Vaccination in Burma 1900-1911 - 1900-1911
Year: 1900
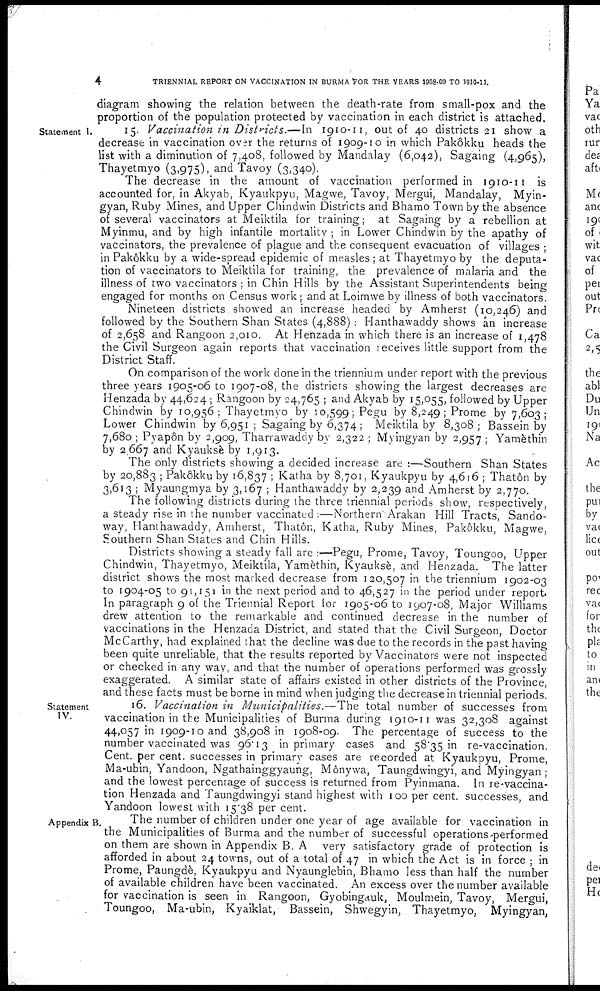
4
TRIENNIAL REPORT ON VACCINATION IN BURMA FOR THE YEARS 1908-09 TO 1910-11.
diagram showing the relation between the death-rate from small-pox and the
proportion of the population protected by vaccination in each district is attached.
Statement I.
15. Vaccination in Districts.—In 1910-11, out of 40 districts 21 show a
decrease in vaccination over the returns of 1909-10 in which Pakôkku heads the
list with a diminution of 7,408, followed by Mandalay (6,042), Sagaing (4,965),
Thayetmyo (3,975), and Tavoy (3,340).
The decrease in the amount of vaccination performed in 1910-11 is
accounted for, in Akyab, Kyaukpyu, Magwe, Tavoy, Mergui, Mandalay, Myin-
gyan, Ruby Mines, and Upper Chindwin Districts and Bhamo Town by the absence
of several vaccinators at Meiktila for training; at Sagaing by a rebellion at
Myinmu, and by high infantile mortality ; in Lower Chindwin by the apathy of
vaccinators, the prevalence of plague and the consequent evacuation of villages ;
in Pakôkku by a wide-spread epidemic of measles ; at Thayetmyo by the deputa-
tion of vaccinators to Meiktila for training, the prevalence of malaria and the
illness of two vaccinators ; in Chin Hills by the Assistant Superintendents being
engaged for months on Census work; and at Loimwe by illness of both vaccinators.
Nineteen districts showed an increase headed by Amherst (10,246) and
followed by the Southern Shan States (4,888) : Hanthawaddy shows an increase
of 2,658 and Rangoon 2,010. At Henzada in which there is an increase of 1,478
the Civil Surgeon again reports that vaccination receives little support from the
District Staff.
On comparison of the work done in the triennium under report with the previous
three years 1905-06 to 1907-08, the districts showing the largest decreases are
Henzada by 44,624 ; Rangoon by 24,765 ; and Akyab by 15,055, followed by Upper
Chindwin by 10,956 ; Thayetmyo by 10,599; Pegu by 8,249; Prome by 7,603;
Lower Chindwin by 6,951 ; Sagaing by 6,374; Meiktila by 8,308 ; Bassein by
7,680 ; Pyapôn by 2,909, Tharrawaddy by 2,322 ; Myingyan by 2,957; Yamèthin
by 2,667 and Kyauksè by 1,913.
The only districts showing a decided increase are :—Southern Shan States
by 20,883 ; Pakôkku by 16,837 ; Katha by 8,701, Kyaukpyu by 4,616 ; Thatôn by
3,613 ; Myaungmya by 3,167 ; Hanthawaddy by 2,239 and Amherst by 2,770.
The following districts during the three triennial periods show, respectively,
a steady rise in the number vaccinated :—Northern Arakan Hill Tracts, Sando-
way, Hanthawaddy, Amherst, Thatôn, Katha, Ruby Mines, Pakôkku, Magwe,
Southern Shan States and Chin Hills.
Districts showing a steady fall are :—Pegu, Prome, Tavoy, Toungoo, Upper
Chindwin, Thayetmyo, Meiktila, Yamèthin, Kyauksè, and Henzada. The latter
district shows the most marked decrease from 120,507 in the triennium 1902-03
to 1904-05 to 91,151 in the next period and to 46,527 in the period under report.
In paragraph 9 of the Triennial Report for 1905-06 to 1907-08, Major Williams
drew attention to the remarkable and continued decrease in the number of
vaccinations in the Henzada District, and stated that the Civil Surgeon, Doctor
McCarthy, had explained that the decline was due to the records in the past having
been quite unreliable, that the results reported by Vaccinators were not inspected
or checked in any way, and that the number of operations performed was grossly
exaggerated. A similar state of affairs existed in other districts of the Province,
and these facts must be borne in mind when judging the decrease in triennial periods.
Statement
IV.
16. Vaccination in Municipalities.— The total number of successes from
vaccination in the Municipalities of Burma during 1910-11 was 32,308 against
44,057 in 1909-10 and 38,908 in 1908-09. The percentage of success to the
number vaccinated was 96.13 in primary cases and 58.35 in re-vaccination.
Cent. per cent. successes in primary cases are recorded at Kyaukpyu, Prome,
Ma-ubin, Yandoon, Ngathainggyaung, Mônywa, Taungdwingyi, and Myingyan;
and the lowest percentage of success is returned from Pyinmana. In re-vaccina-
tion Henzada and Taungdwingyi stand highest with 100 per cent. successes, and
Yandoon lowest with 15.38 per cent.
Appendix B.
The number of children under one year of age available for vaccination in
the Municipalities of Burma and the number of successful operations performed
on them are shown in Appendix B. A. very satisfactory grade of protection is
afforded in about 24 towns, out of a total of 47 in which the Act is in force ; in
Prome, Paungdè, Kyaukpyu and Nyaunglebin, Bhamo less than half the number
of available children have been vaccinated. An excess over the number available
for vaccination is seen in Rangoon, Gyobingauk, Moulmein, Tavoy, Mergui,
Toungoo, Ma-ubin, Kyaiklat, Bassein, Shwegyin, Thayetmyo, Myingyan,